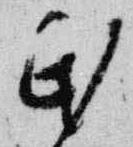
民